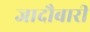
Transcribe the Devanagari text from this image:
जादौबारी